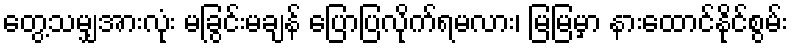
တွေ့သမျှအားလုံး မခြွင်းမချန် ပြောပြလိုက်ရမလား၊ မြမြမှာ နားထောင်နိုင်စွမ်း